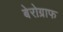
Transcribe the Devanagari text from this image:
बेरोग्राफ